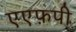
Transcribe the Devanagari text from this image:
एएफ़पी